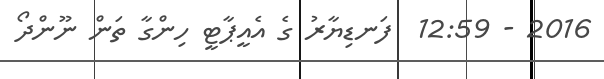
2016 - 12:59  ފަނޑިޔާރު ގެ އެއީޕާޓީ ހިންގާ ތަން ނޫންދޯ